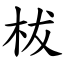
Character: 柭